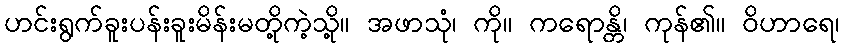
ဟင်းရွက်ခူးပန်းခူးမိန်းမတို့ကဲ့သို့။ အဖာသုံ၊ ကို။ ကရောန္တိ၊ ကုန်၏။ ဝိဟာရေ၊